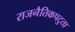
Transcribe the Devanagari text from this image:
राजनैतिकपटुता